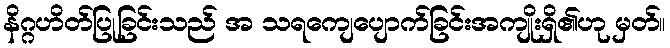
နိဂ္ဂဟိတ်ပြုခြင်းသည် အ သရကျေပျောက်ခြင်းအကျိုးရှိ၏ဟု မှတ်။